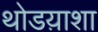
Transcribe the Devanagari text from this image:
थोडय़ाशा